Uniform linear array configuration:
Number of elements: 24
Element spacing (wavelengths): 0.25
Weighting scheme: cosine
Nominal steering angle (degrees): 60
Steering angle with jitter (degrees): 59.107
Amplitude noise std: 0.05
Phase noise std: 0.05

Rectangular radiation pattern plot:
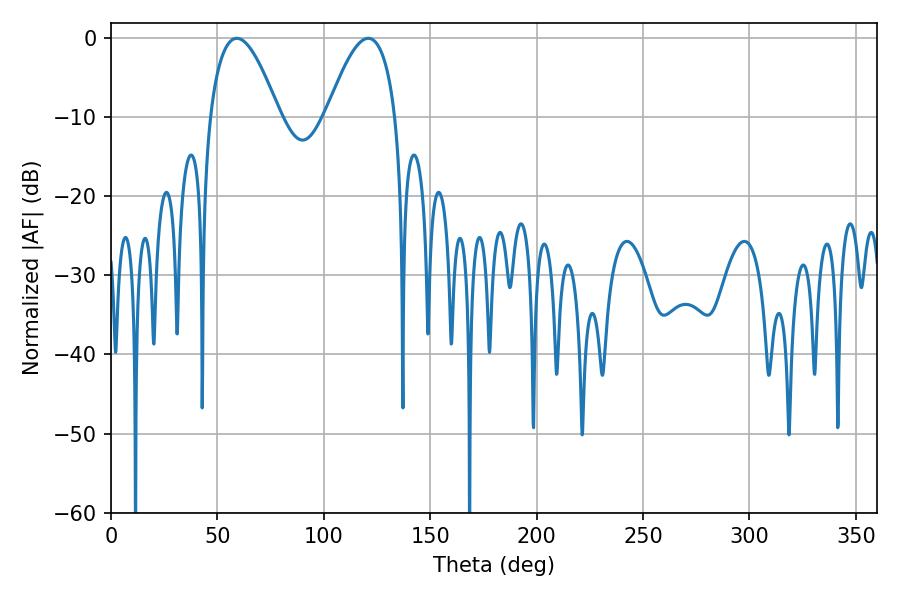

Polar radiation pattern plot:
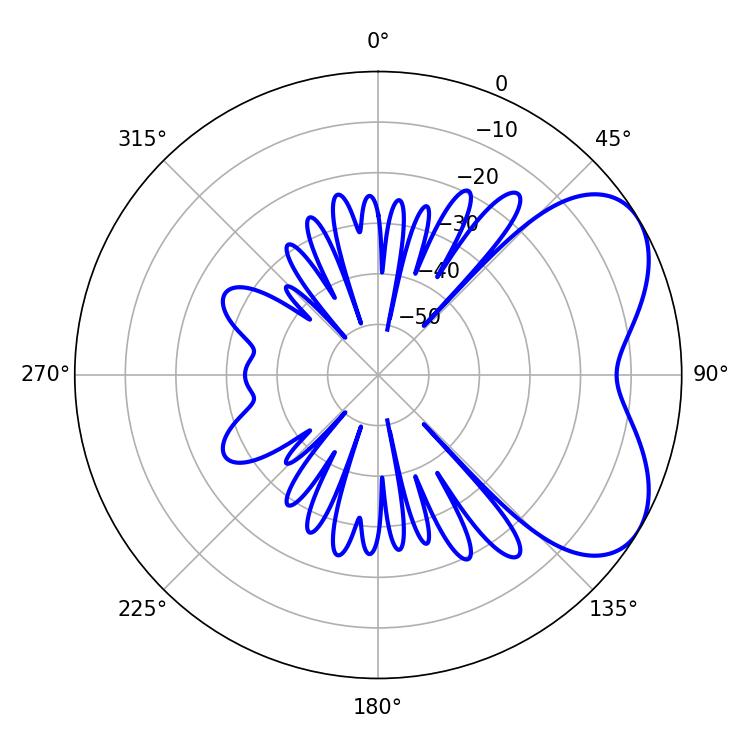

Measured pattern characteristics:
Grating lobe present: FALSE
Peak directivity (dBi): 5.237
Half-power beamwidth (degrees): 17.82
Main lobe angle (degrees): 59.04